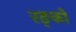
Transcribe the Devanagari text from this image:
रङ्को